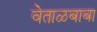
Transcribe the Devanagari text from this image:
वेताळबाबा